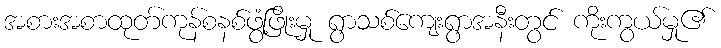
အစားအစာထုတ်ကုန်စနစ်ဖွံ့ဖြိုးမှု ရွာသစ်ကျေးရွာအနီးတွင် ကိုးကွယ်မှု၏